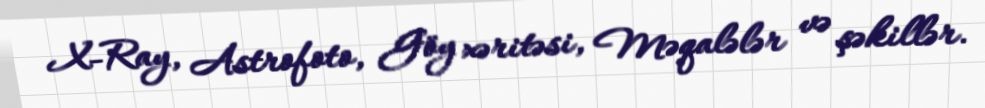
X-Ray, Astrofoto, Göy xəritəsi, Məqalələr və şəkillər.